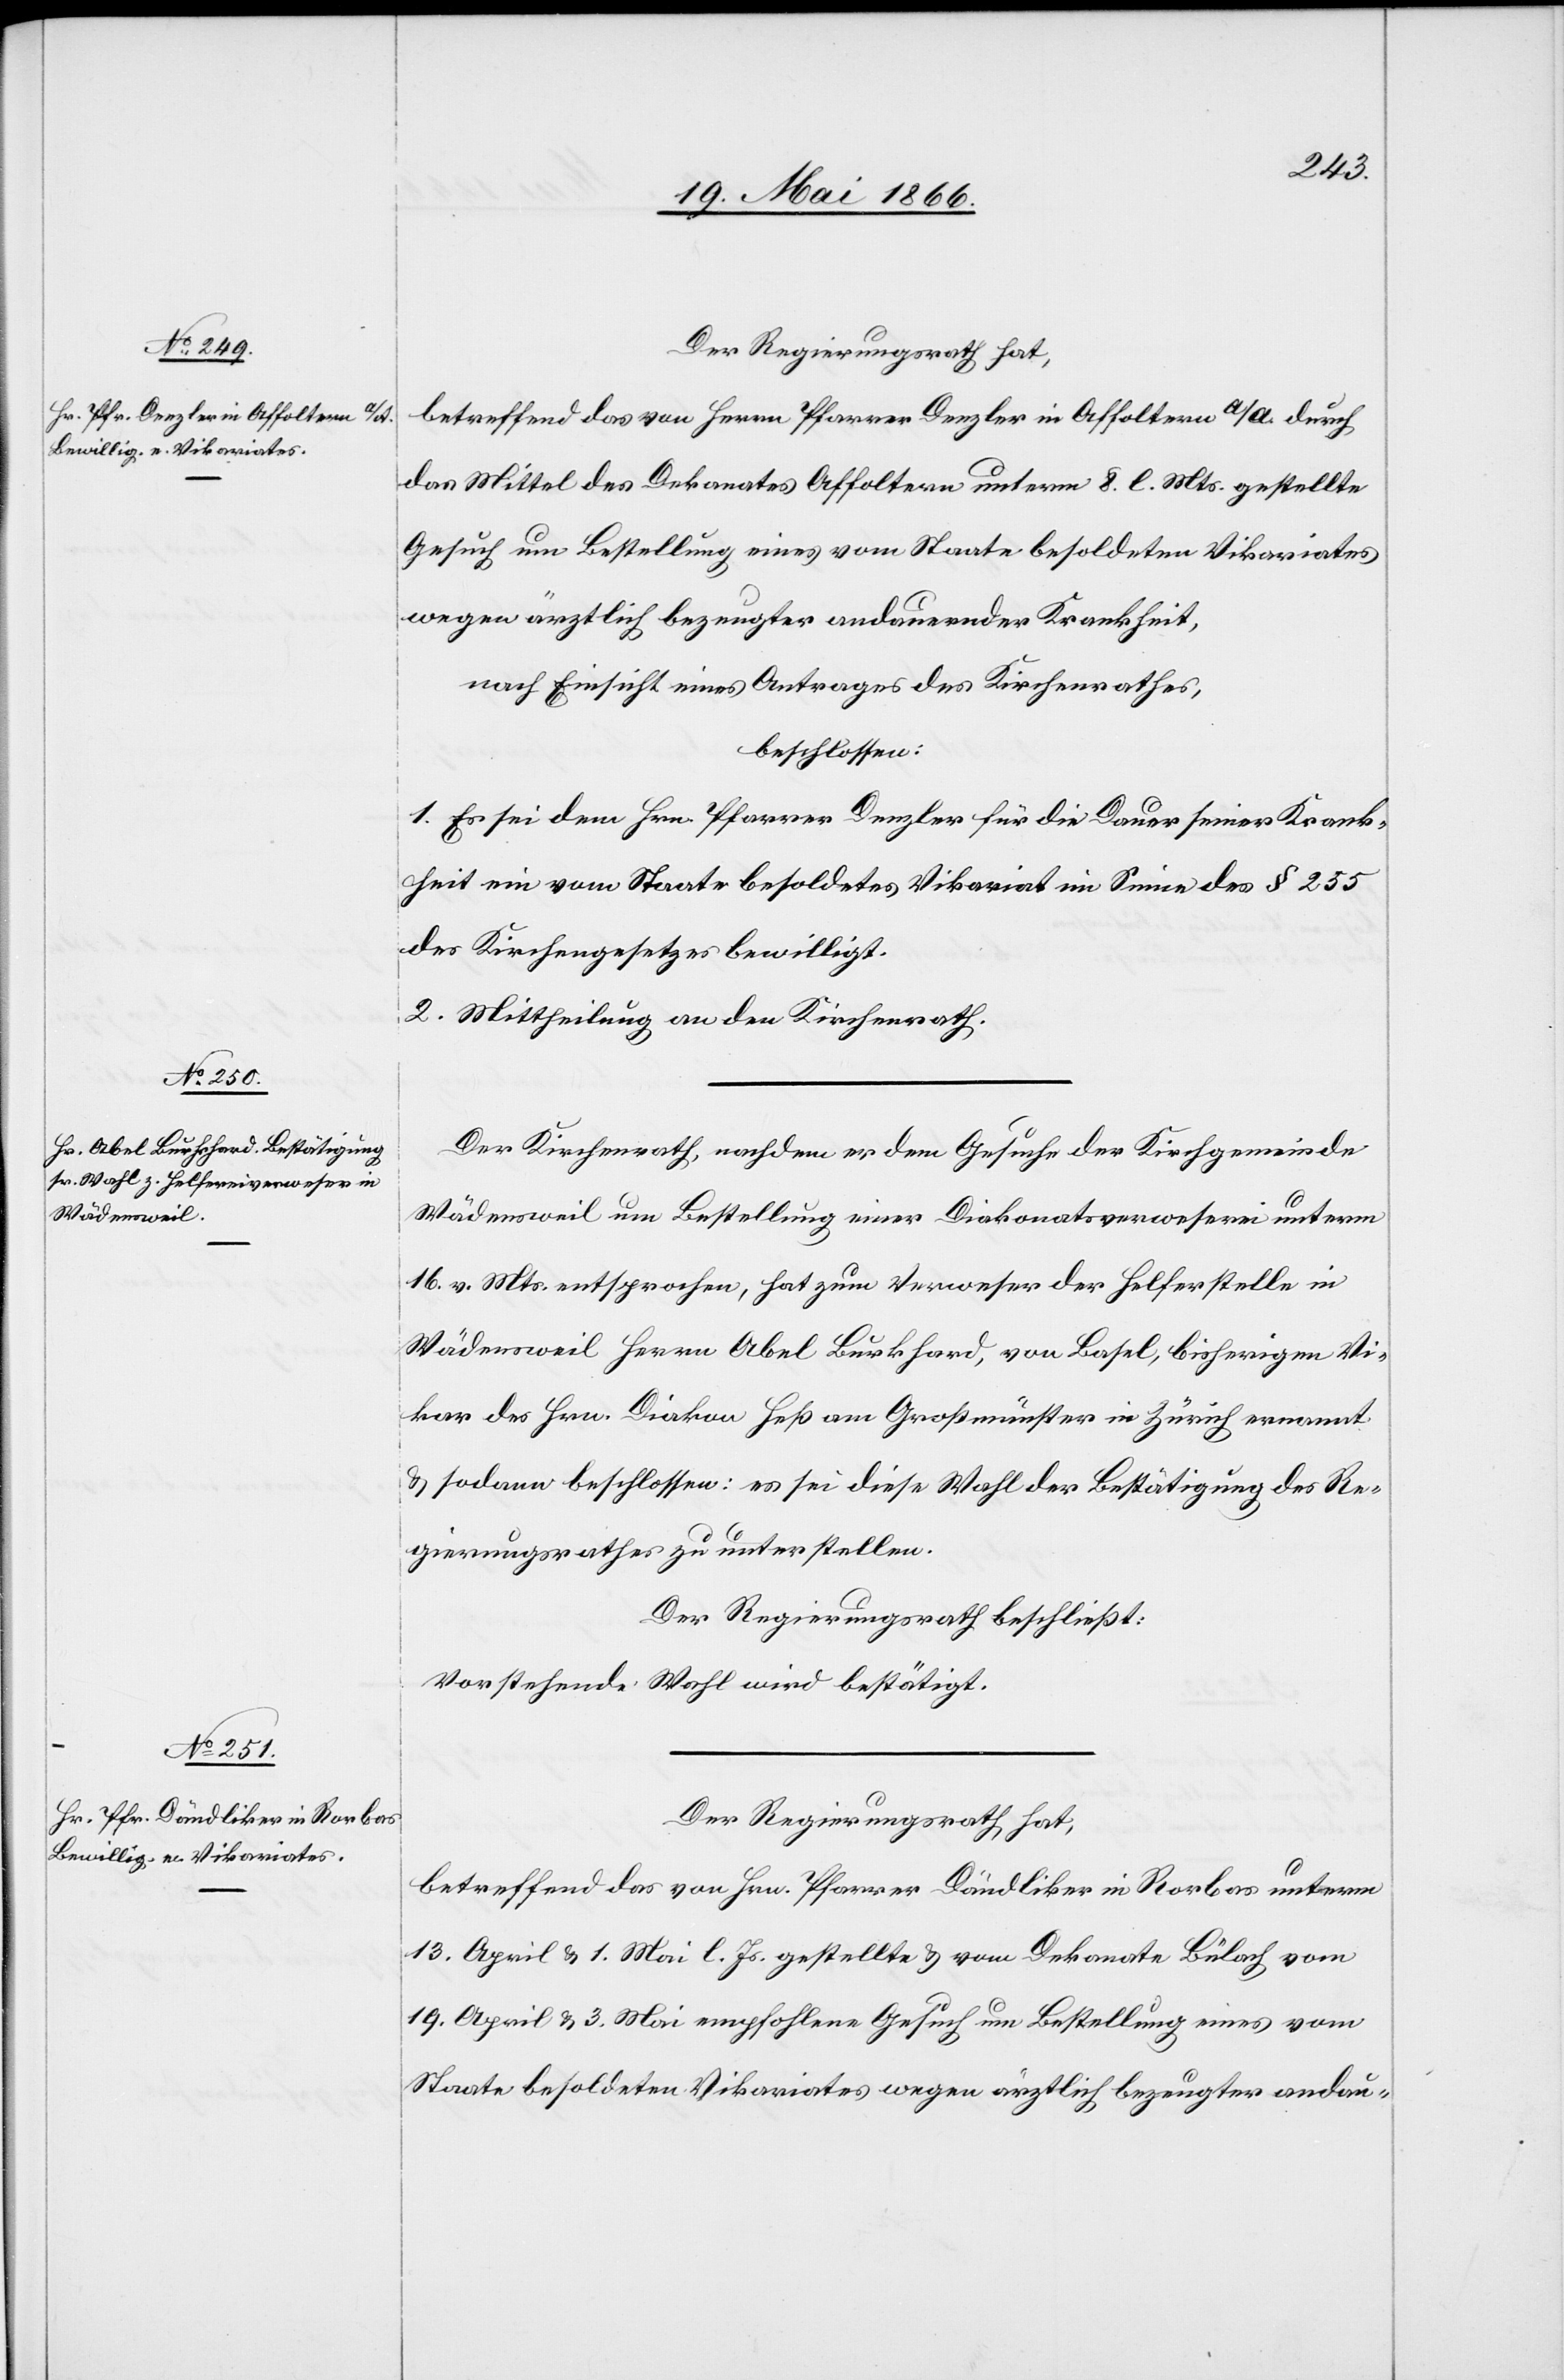
Der Regierungsrath hat,
betreffend das von Herrn Pfarrer Denzler in Affoltern a/A durch
das Mittel des Dekanates Affoltern unterm 8. l. Mts. gestellte
Gesuch um Bestellung eines vom Staate besoldeten Vikariates
wegen ärztlich bezeugter andauernder Krankheit,
nach Einsicht eines Antrages des Kirchenrathes,
beschlossen:
1. Es sei dem Hrn. Pfarrer Denzler für die Dauer seiner Krank¬
heit ein vom Staate besoldetes Vikariat im Sinne des § 255
des Kirchengesetzes bewilligt.
2. Mittheilung an den Kirchenrath.
Der Kirchenrath, nachdem er dem Gesuche der Kirchgemeinde
Wädensweil um Bestellung einer Diakonatsverweserei unterm
16. v. Mts. entsprochen, hat zum Verweser der Helferstelle in
Wädensweil Herrn Abel Burkhard, von Basel, bisherigen Vi¬
kar des Hrn. Diakon Heß am Großmünster in Zürich ernannt
u. sodann beschlossen: es sei diese Wahl der Bestätigung des Re¬
gierungsrathes zu unterstellen.
Der Regierungsrath beschließt:
Vorstehende Wahl wird bestätigt.
Der Regierungsrath hat,
betreffend das von Hrn. Pfarrer Dändliker in Rorbas unterm
13. April u. 1. Mai l. Js. gestellte u. vom Dekanate Bülach vom
19. April u. 3. Mai empfohlene Gesuch um Bestellung eines vom
Staate besoldeten Vikariates wegen ärztlich bezeugter andau-